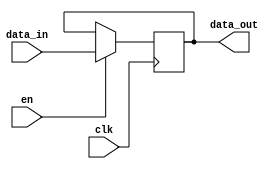
`timescale 1ns/1ps

module register ( //input and outputs of 32 bit register.
  input		    clk,
  input             en,
  input    [31:0] data_in,   
  output reg [31:0] data_out    
);


always @ (posedge clk) //as long as enable is 1, output equals input.
   if (en == 1'd1) 
     data_out <= data_in;

endmodule